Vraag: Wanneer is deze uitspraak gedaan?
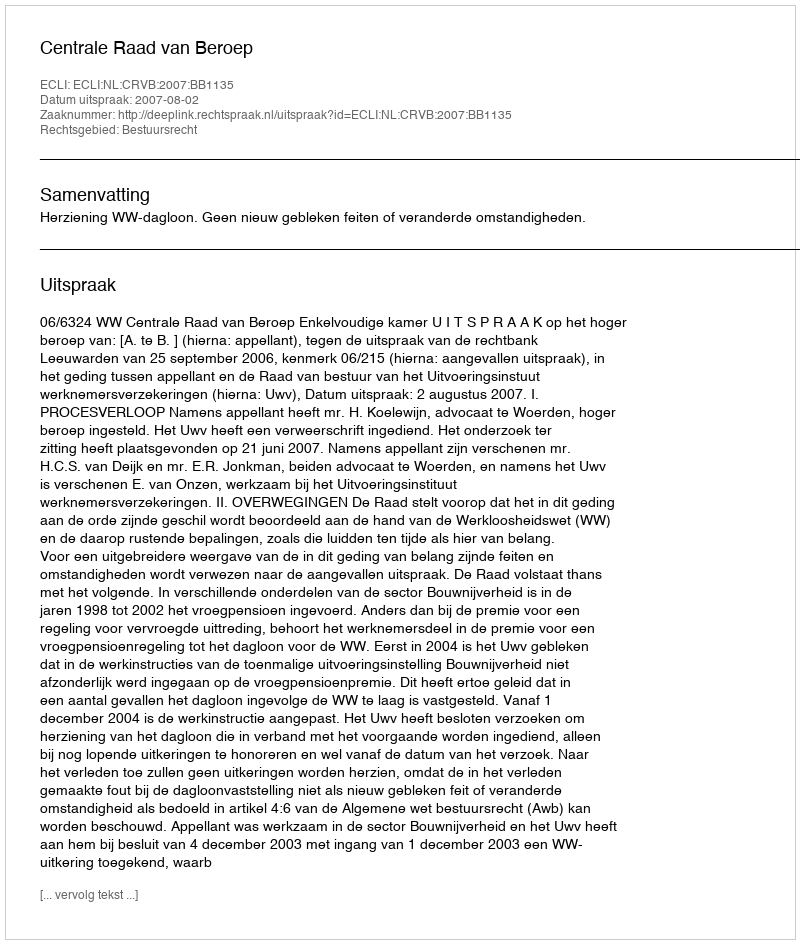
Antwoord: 2007-08-02